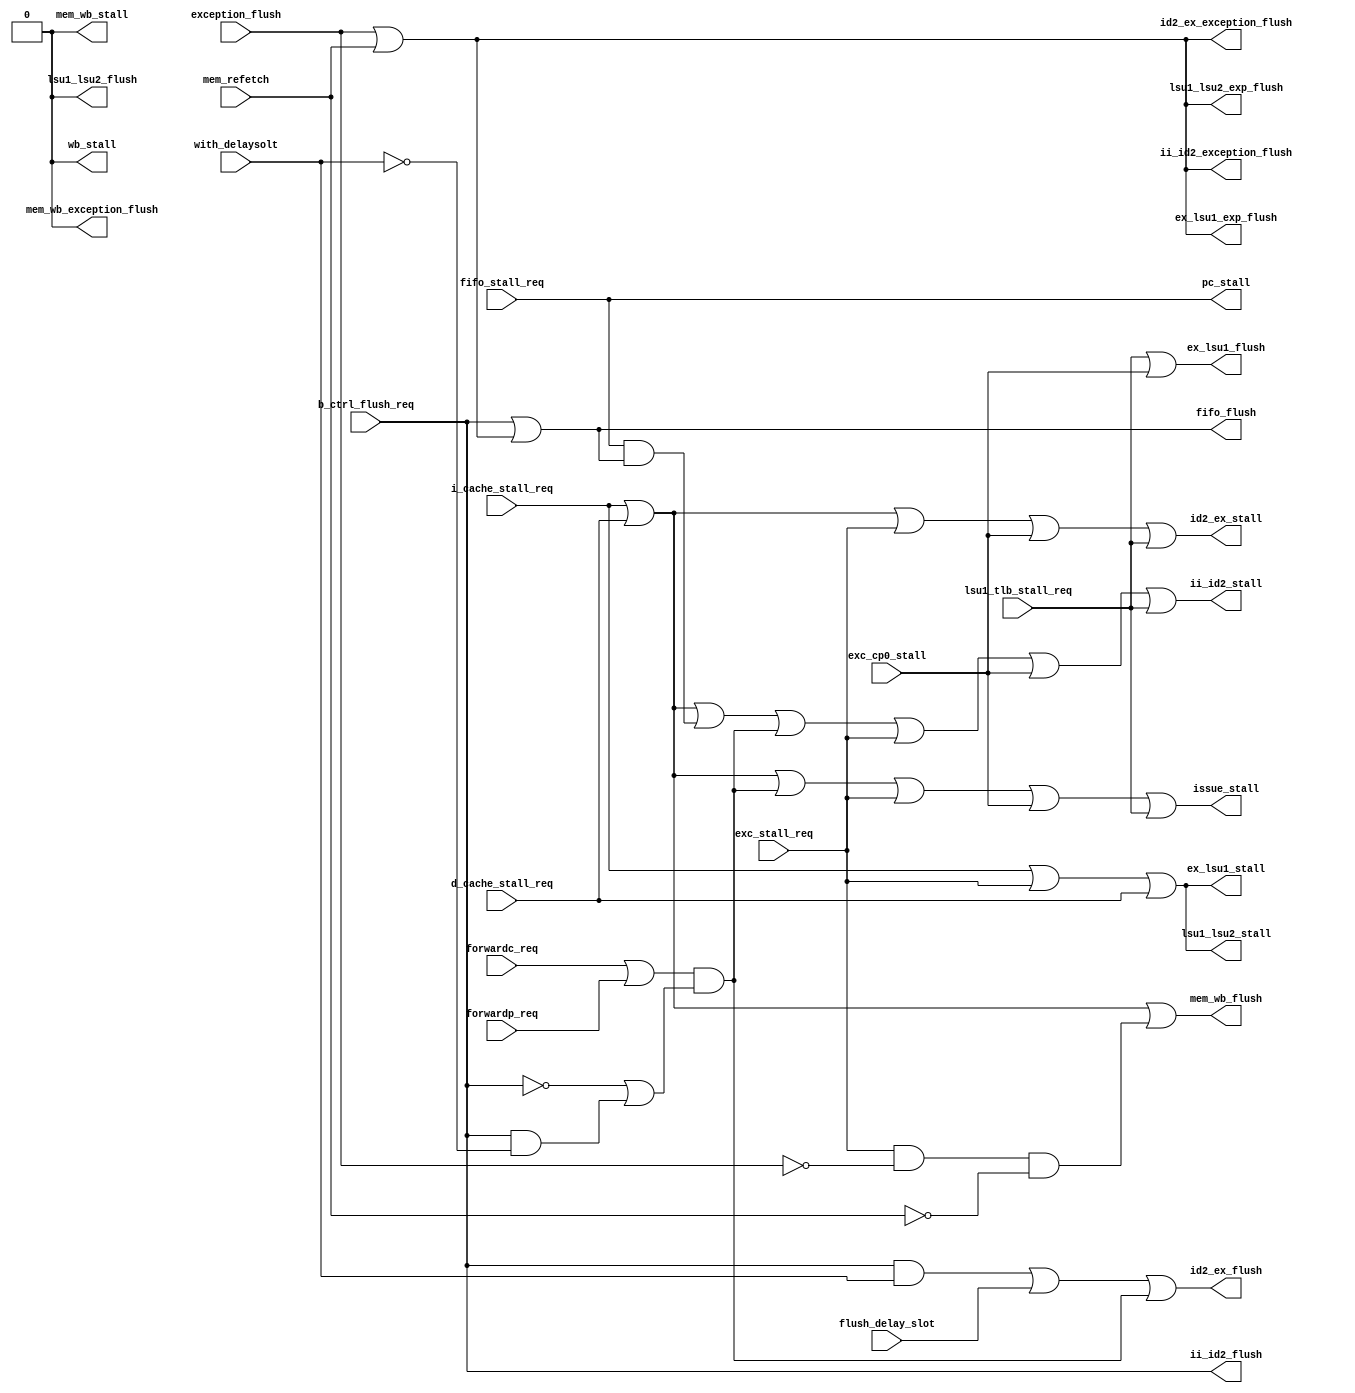
`timescale 1ns / 1ps

module ctrl (
    input   wire    i_cache_stall_req,
    input   wire    d_cache_stall_req,
    input   wire    fifo_stall_req,
    input   wire    forwardc_req,
    input   wire    forwardp_req,
    input   wire    b_ctrl_flush_req,
    input   wire    flush_delay_slot,
    // the delaysolt issue with the branch inst in c datapath.
    input   wire    with_delaysolt,
    input   wire    exc_stall_req,
    input   wire    exc_cp0_stall,
    input   wire    exception_flush,
    input   wire    lsu1_tlb_stall_req,
    input   wire    mem_refetch,
    
    output  wire    ex_lsu1_flush,
    output  wire    ex_lsu1_exp_flush,
    output  wire    ex_lsu1_stall,
    output  wire    lsu1_lsu2_flush,
    output  wire    lsu1_lsu2_exp_flush,
    output  wire    lsu1_lsu2_stall,
    output  wire    pc_stall,
    output  wire    fifo_flush,
    output  wire    issue_stall,
    output  wire    ii_id2_flush,
    output  wire    ii_id2_exception_flush,
    output  wire    ii_id2_stall,
    output  wire    id2_ex_flush,
    output  wire    id2_ex_exception_flush,
    output  wire    id2_ex_stall,
    output  wire    mem_wb_flush,
    output  wire    mem_wb_exception_flush,
    output  wire    mem_wb_stall,
    output  wire    wb_stall
);
    assign ii_id2_exception_flush = (exception_flush | mem_refetch);
    assign id2_ex_exception_flush = (exception_flush | mem_refetch);
    assign mem_wb_exception_flush = 1'b0;

    assign pc_stall     =
            fifo_stall_req;
    
    assign fifo_flush   =
            b_ctrl_flush_req | ((exception_flush | mem_refetch));
    
    assign issue_stall  =
            i_cache_stall_req | d_cache_stall_req | (forwardc_req | forwardp_req) & (~b_ctrl_flush_req | b_ctrl_flush_req & ~with_delaysolt) | exc_stall_req | exc_cp0_stall | lsu1_tlb_stall_req;
    
    assign ii_id2_flush =
            b_ctrl_flush_req;
    
    assign ii_id2_stall =
            i_cache_stall_req | d_cache_stall_req | (pc_stall & fifo_flush) | (forwardc_req | forwardp_req) & (~b_ctrl_flush_req | b_ctrl_flush_req & ~with_delaysolt) | exc_stall_req | exc_cp0_stall | lsu1_tlb_stall_req;
    
    assign id2_ex_flush =
            b_ctrl_flush_req & with_delaysolt | flush_delay_slot | (forwardc_req | forwardp_req) & (~b_ctrl_flush_req | b_ctrl_flush_req & ~with_delaysolt);

    assign id2_ex_stall =
            i_cache_stall_req | d_cache_stall_req | exc_stall_req | exc_cp0_stall | lsu1_tlb_stall_req;

    
    assign ex_lsu1_flush       =
        lsu1_tlb_stall_req | exc_cp0_stall;
    assign ex_lsu1_exp_flush   =
        (exception_flush | mem_refetch);
    assign ex_lsu1_stall   =
        i_cache_stall_req | exc_stall_req | d_cache_stall_req;
    
    assign lsu1_lsu2_flush     =
        1'b0;
    assign lsu1_lsu2_exp_flush =
        (exception_flush | mem_refetch);
    assign lsu1_lsu2_stall =
        i_cache_stall_req | exc_stall_req | d_cache_stall_req;

    assign mem_wb_flush = 
            // 1'b0;
        i_cache_stall_req | d_cache_stall_req | ((exc_stall_req) & ~exception_flush & ~mem_refetch);
    
    assign mem_wb_stall = 1'b0;
        //     i_cache_stall_req | d_cache_stall_req | ((exc_stall_req) & ~exception_flush & ~mem_refetch);

    assign wb_stall     = 1'b0;
        //     i_cache_stall_req | d_cache_stall_req | ((exc_stall_req) & ~exception_flush & ~mem_refetch);
endmodule